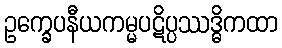
ဥက္ခေပနီယကမ္မပဋိပ္ပဿဒ္ဓိကထာ